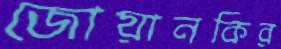
জোয়ানকির